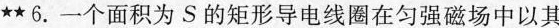
\star\star 6.一个面积为S的矩形导电线圈在匀强磁场中以其